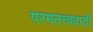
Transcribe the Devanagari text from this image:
परमतत्त्ववादी